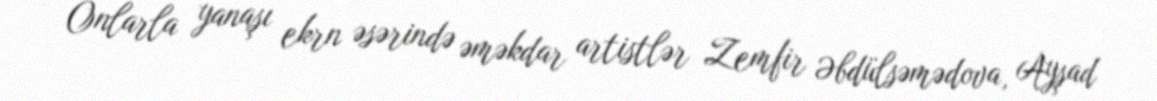
Onlarla yanaşı ekrn əsərində əməkdar artistlər Zemfir Əbdülsəmədova, Ayşad